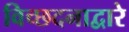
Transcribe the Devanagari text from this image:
विच्छदनाद्वारे